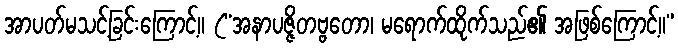
အာပတ်မသင့်ခြင်းကြောင့်။ (“အနာပဇ္ဇိတဗ္ဗတော၊ မရောက်ထိုက်သည်၏ အဖြစ်ကြောင့်။”